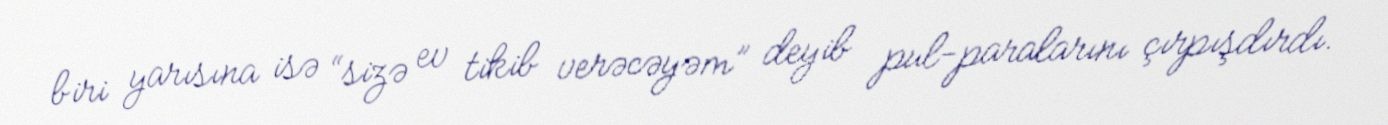
biri yarısına isə “sizə ev tikib verəcəyəm” deyib pul-paralarını çırpışdırdı.